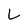
Character: L